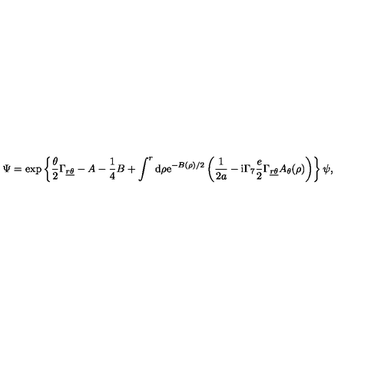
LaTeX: \Psi = \exp \left\{ \frac { \theta } { 2 } \Gamma _ { \underline { { r } } \underline { { \theta } } } - A - { \frac { 1 } { 4 } } B + \int ^ { r } \mathrm { d } \rho \mathrm { e } ^ { - B ( \rho ) / 2 } \left( { \frac { 1 } { 2 a } } - \mathrm { i } \Gamma _ { 7 } { \frac { e } { 2 } } \Gamma _ { \underline { { r } } \underline { { \theta } } } A _ { \theta } ( \rho ) \right) \right\} \psi ,